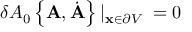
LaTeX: \delta A _ { 0 } \left\{ { \bf A } , \dot { { \bf A } } \right\} | _ { { \bf x } \in \partial V } \; = 0